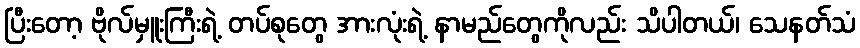
ပြီးတော့ ဗိုလ်မှူးကြီးရဲ့ တပ်စုတွေ အားလုံးရဲ့ နာမည်တွေကိုလည်း သိပါတယ်၊ သေနတ်သံ